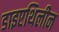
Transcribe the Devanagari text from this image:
डाइएथिलीन